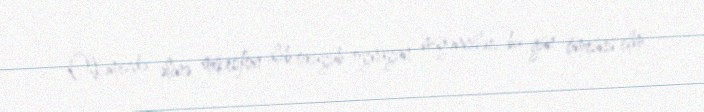
Ölkəmizdə əlinə mikrofon alıb oxuyub-oynayan müğənnilər, bu gün ömrünü elm